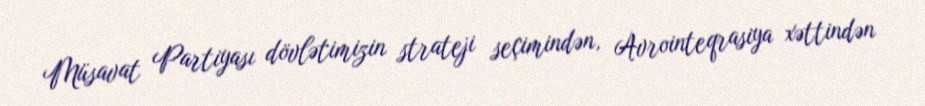
Müsavat Partiyası dövlətimizin strateji seçimindən, Avrointeqrasiya xəttindən